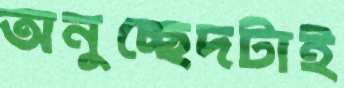
অনুচ্ছেদটাই